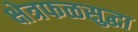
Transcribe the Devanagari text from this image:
क्षेत्रफळसुद्धा